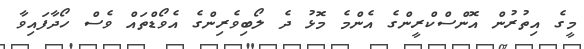
މީގެ އިތުރުން އޮންސްކްރީންގެ އެންމެ މޮޅު ދެ ލޯބިވެރިންގެ އެވޯޑްތައް ވެސް ހޯދާފައިވާ